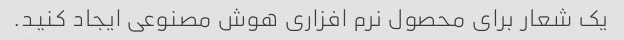
یک شعار برای محصول نرم افزاری هوش مصنوعی ایجاد کنید.